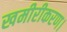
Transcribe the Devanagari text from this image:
खमीरीकरण।